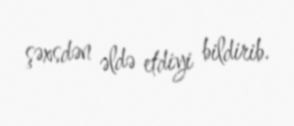
şəxsdən əldə etdiyi bildirib.